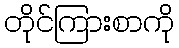
တိုင်ကြားစာကို